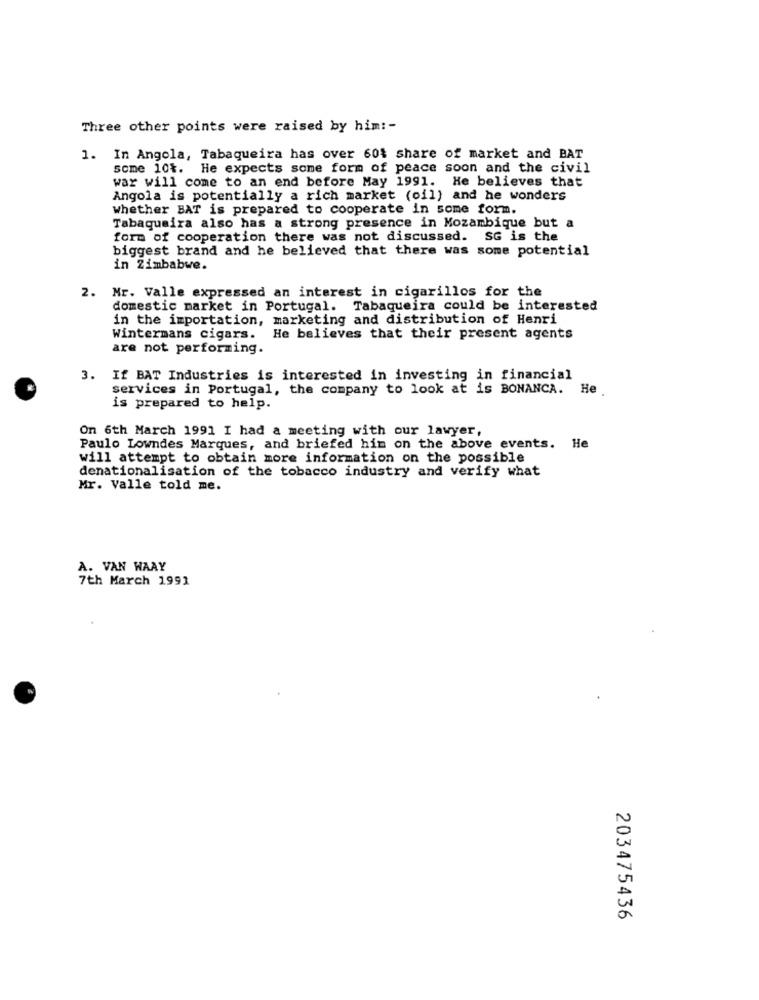
Three other points were raised by him: -
1. In Angola, Tabaqueira has over 60% share of market and BAT
some 10%. He expects some form of peace soon and the civil
war will come to an end before May 1991. He believes that
Angola is potentially a rich market (oil) and he wonders
whether BAT is prepared to cooperate in some form.
Tabaqueira also has a strong presence in Mozambique but a
form of cooperation there was not discussed. SG is the
biggest brand and he believed that there was some potential
in Zimbabwe.
2. Mr. Valle expressed an interest in cigarillos for the
domestic market in Portugal. Tabaqueira could be interested
in the importation, marketing and distribution of Henri
Wintermans cigars.
He believes that their present agents
are not performing.
3. If BAT Industries is interested in investing in financial
services in Portugal, the company to look at is BONANCA. He
is prepared to help.
On 6th March 1991 I had a meeting with our lawyer,
Paulo Lowndes Marques, and briefed him on the above events. He
will attempt to obtain more information on the possible
denationalisation of the tobacco industry and verify what
Mr. Valle told me.
A. VAN WAAY
7th March 1991
203475436